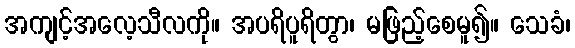
အကျင့်အလေ့သီလကို။ အပရိပူရိတွာ၊ မဖြည့်စေမူ၍။ သေခံ၊